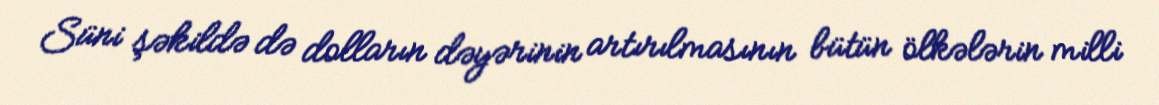
Süni şəkildə də dolların dəyərinin artırılmasının bütün ölkələrin milli